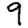
Digit: 9